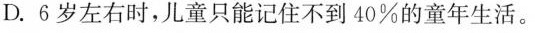
D.6岁左右时，儿童只能记住不到40%的童年生活。